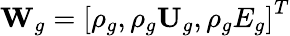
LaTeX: \textbf{W}_{g}=\left[\rho_{g},\rho_{g}\textbf{U}_{g},\rho_{g}E_{g}\right]^{T}